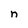
Character: n